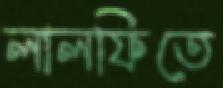
লালফিতে